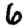
Digit: 6